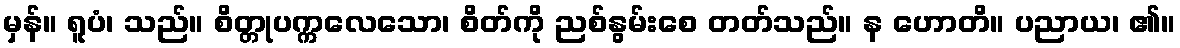
မှန်။ ရူပံ၊ သည်။ စိတ္တုပက္ကလေသော၊ စိတ်ကို ညစ်နွမ်းစေ တတ်သည်။ န ဟောတိ။ ပညာယ၊ ၏။